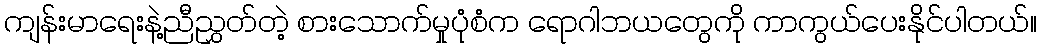
ကျန်းမာရေးနဲ့ညီညွှတ်တဲ့ စားသောက်မှုပုံစံက ရောဂါဘယတွေကို ကာကွယ်ပေးနိုင်ပါတယ်။